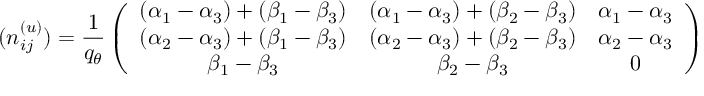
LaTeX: ( n _ { i j } ^ { ( u ) } ) = \frac { 1 } { q _ { \theta } } \left( \begin{array} { c c c } { { ( \alpha _ { 1 } - \alpha _ { 3 } ) + ( \beta _ { 1 } - \beta _ { 3 } ) } } & { { ( \alpha _ { 1 } - \alpha _ { 3 } ) + ( \beta _ { 2 } - \beta _ { 3 } ) } } & { { \alpha _ { 1 } - \alpha _ { 3 } } } \\ { { ( \alpha _ { 2 } - \alpha _ { 3 } ) + ( \beta _ { 1 } - \beta _ { 3 } ) } } & { { ( \alpha _ { 2 } - \alpha _ { 3 } ) + ( \beta _ { 2 } - \beta _ { 3 } ) } } & { { \alpha _ { 2 } - \alpha _ { 3 } } } \\ { { \beta _ { 1 } - \beta _ { 3 } } } & { { \beta _ { 2 } - \beta _ { 3 } } } & { { 0 } } \end{array} \right)